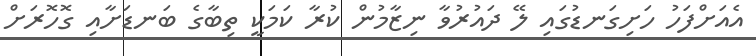
އެއަށްފަހު ހަށިގަނޑުގައި ލޭ ދައުރުވާ ނިޒާމުން ކުރާ ކަމަކީ ތިބާގެ ބަނޑަށާއި ގޮހޮރަށް